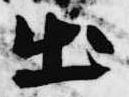
出